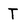
Character: T